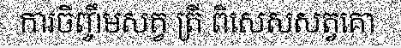
ការចិញ្ចឹមសត្វ ត្រី ពិសេសសត្វគោ